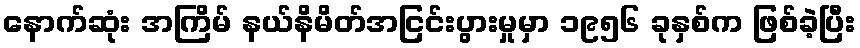
နောက်ဆုံး အကြိမ် နယ်နိမိတ်အငြင်းပွားမှုမှာ ၁၉၅၆ ခုနှစ်က ဖြစ်ခဲ့ပြီး